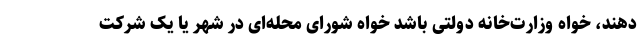
دهند، خواه وزارت‌خانه دولتی باشد خواه شورای محله‌ای در شهر یا یک شرکت